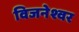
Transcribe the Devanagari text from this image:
विजनेश्वर